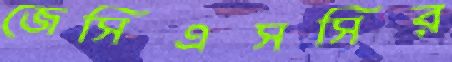
জেসিএসসির